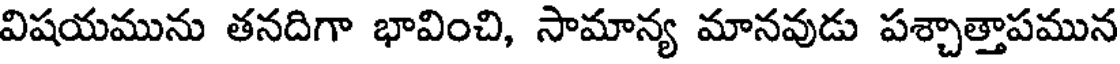
విషయమును తనదిగా భావించి, సామాన్య మానవుడు పశ్చాత్తాపమున